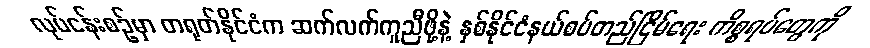
လုပ်ငန်းစဉ်မှာ တရုတ်နိုင်ငံက ဆက်လက်ကူညီဖို့နဲ့ နှစ်နိုင်ငံနယ်စပ်တည်ငြိမ်ရေး ကိစ္စရပ်တွေကို